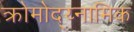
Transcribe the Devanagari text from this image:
क्रोमोद्य्नामिक